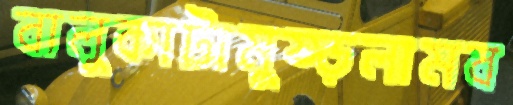
বালুকাটামুষ্‌ড়লামব